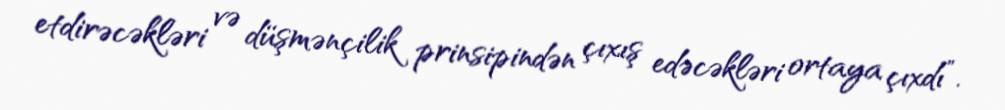
etdirəcəkləri və düşmənçilik prinsipindən çıxış edəcəkləri ortaya çıxdı”.